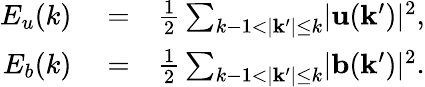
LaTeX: \begin{array}{rlr}{E_{u}(k)}&{{}=}&{\frac{1}{2}\sum_{k-1<\lvert\mathbf{k^{\prime}}\rvert\leq k}\lvert\mathbf{u}(\mathbf{k^{\prime}})\rvert^{2},}\\ {E_{b}(k)}&{{}=}&{\frac{1}{2}\sum_{k-1<\lvert\mathbf{k^{\prime}}\rvert\leq k}\lvert\mathbf{b}(\mathbf{k^{\prime}})\rvert^{2}.}\end{array}